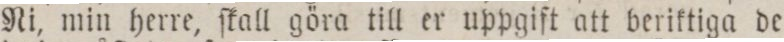
Ni, min herre, ſkall göra till er uppgift att beriktiga de